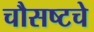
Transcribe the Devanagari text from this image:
चौसष्टचे